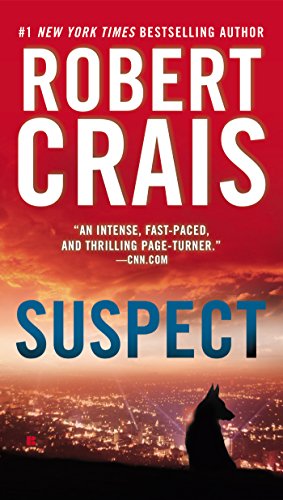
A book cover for Suspect; Robert Crais; Mystery, Thriller & Suspense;